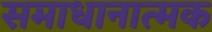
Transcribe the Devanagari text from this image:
समाधानात्मक